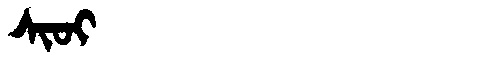
Manchu: ᠰᡳᠣᡳ
Romanization: SIOI